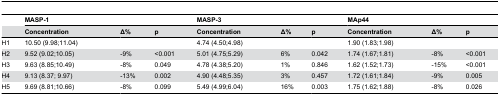
|  | <COLSPAN=3> MASP-1 | <COLSPAN=3> MASP-3 | <COLSPAN=3> MAp44 |
 |  | Concentration | Δ% | p | Concentration | Δ% | p | Concentration | Δ% | p |
 | --- | --- | --- | --- | --- | --- | --- | --- | --- | --- |
 | H1 | 10.50 (9.98;11.04) |  |  | 4.74 (4.50;4.98) |  |  | 1.90 (1.83;1.98) |  |  |
 | H2 | 9.52 (9.02;10.05) | -9% | <0.001 | 5.01 (4.75;5.29) | 6% | 0.042 | 1.74 (1.67;1.81) | -8% | <0.001 |
 | H3 | 9.63 (8.85;10.49) | -8% | 0.049 | 4.78 (4.38;5.20) | 1% | 0.846 | 1.62 (1.52;1.73) | -15% | <0.001 |
 | H4 | 9.13 (8.37; 9.97) | -13% | 0.002 | 4.90 (4.48;5.35) | 3% | 0.457 | 1.72 (1.61;1.84) | -9% | 0.005 |
 | H5 | 9.69 (8.81;10.66) | -8% | 0.099 | 5.49 (4.99;6.04) | 16% | 0.003 | 1.75 (1.62;1.88) | -8% | 0.026 |